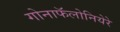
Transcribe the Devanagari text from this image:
गोनाफॅलोनियेरे